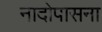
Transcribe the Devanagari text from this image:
नादोपासना